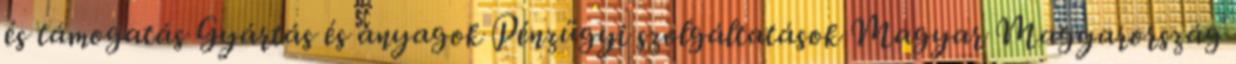
és támogatás Gyártás és anyagok Pénzügyi szolgáltatások Magyar Magyarország